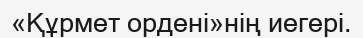
«Құрмет ордені»нің иегері.